65_HS1-834228961_62-HQ-83894_Section_8
Agency: FBI
Page 186
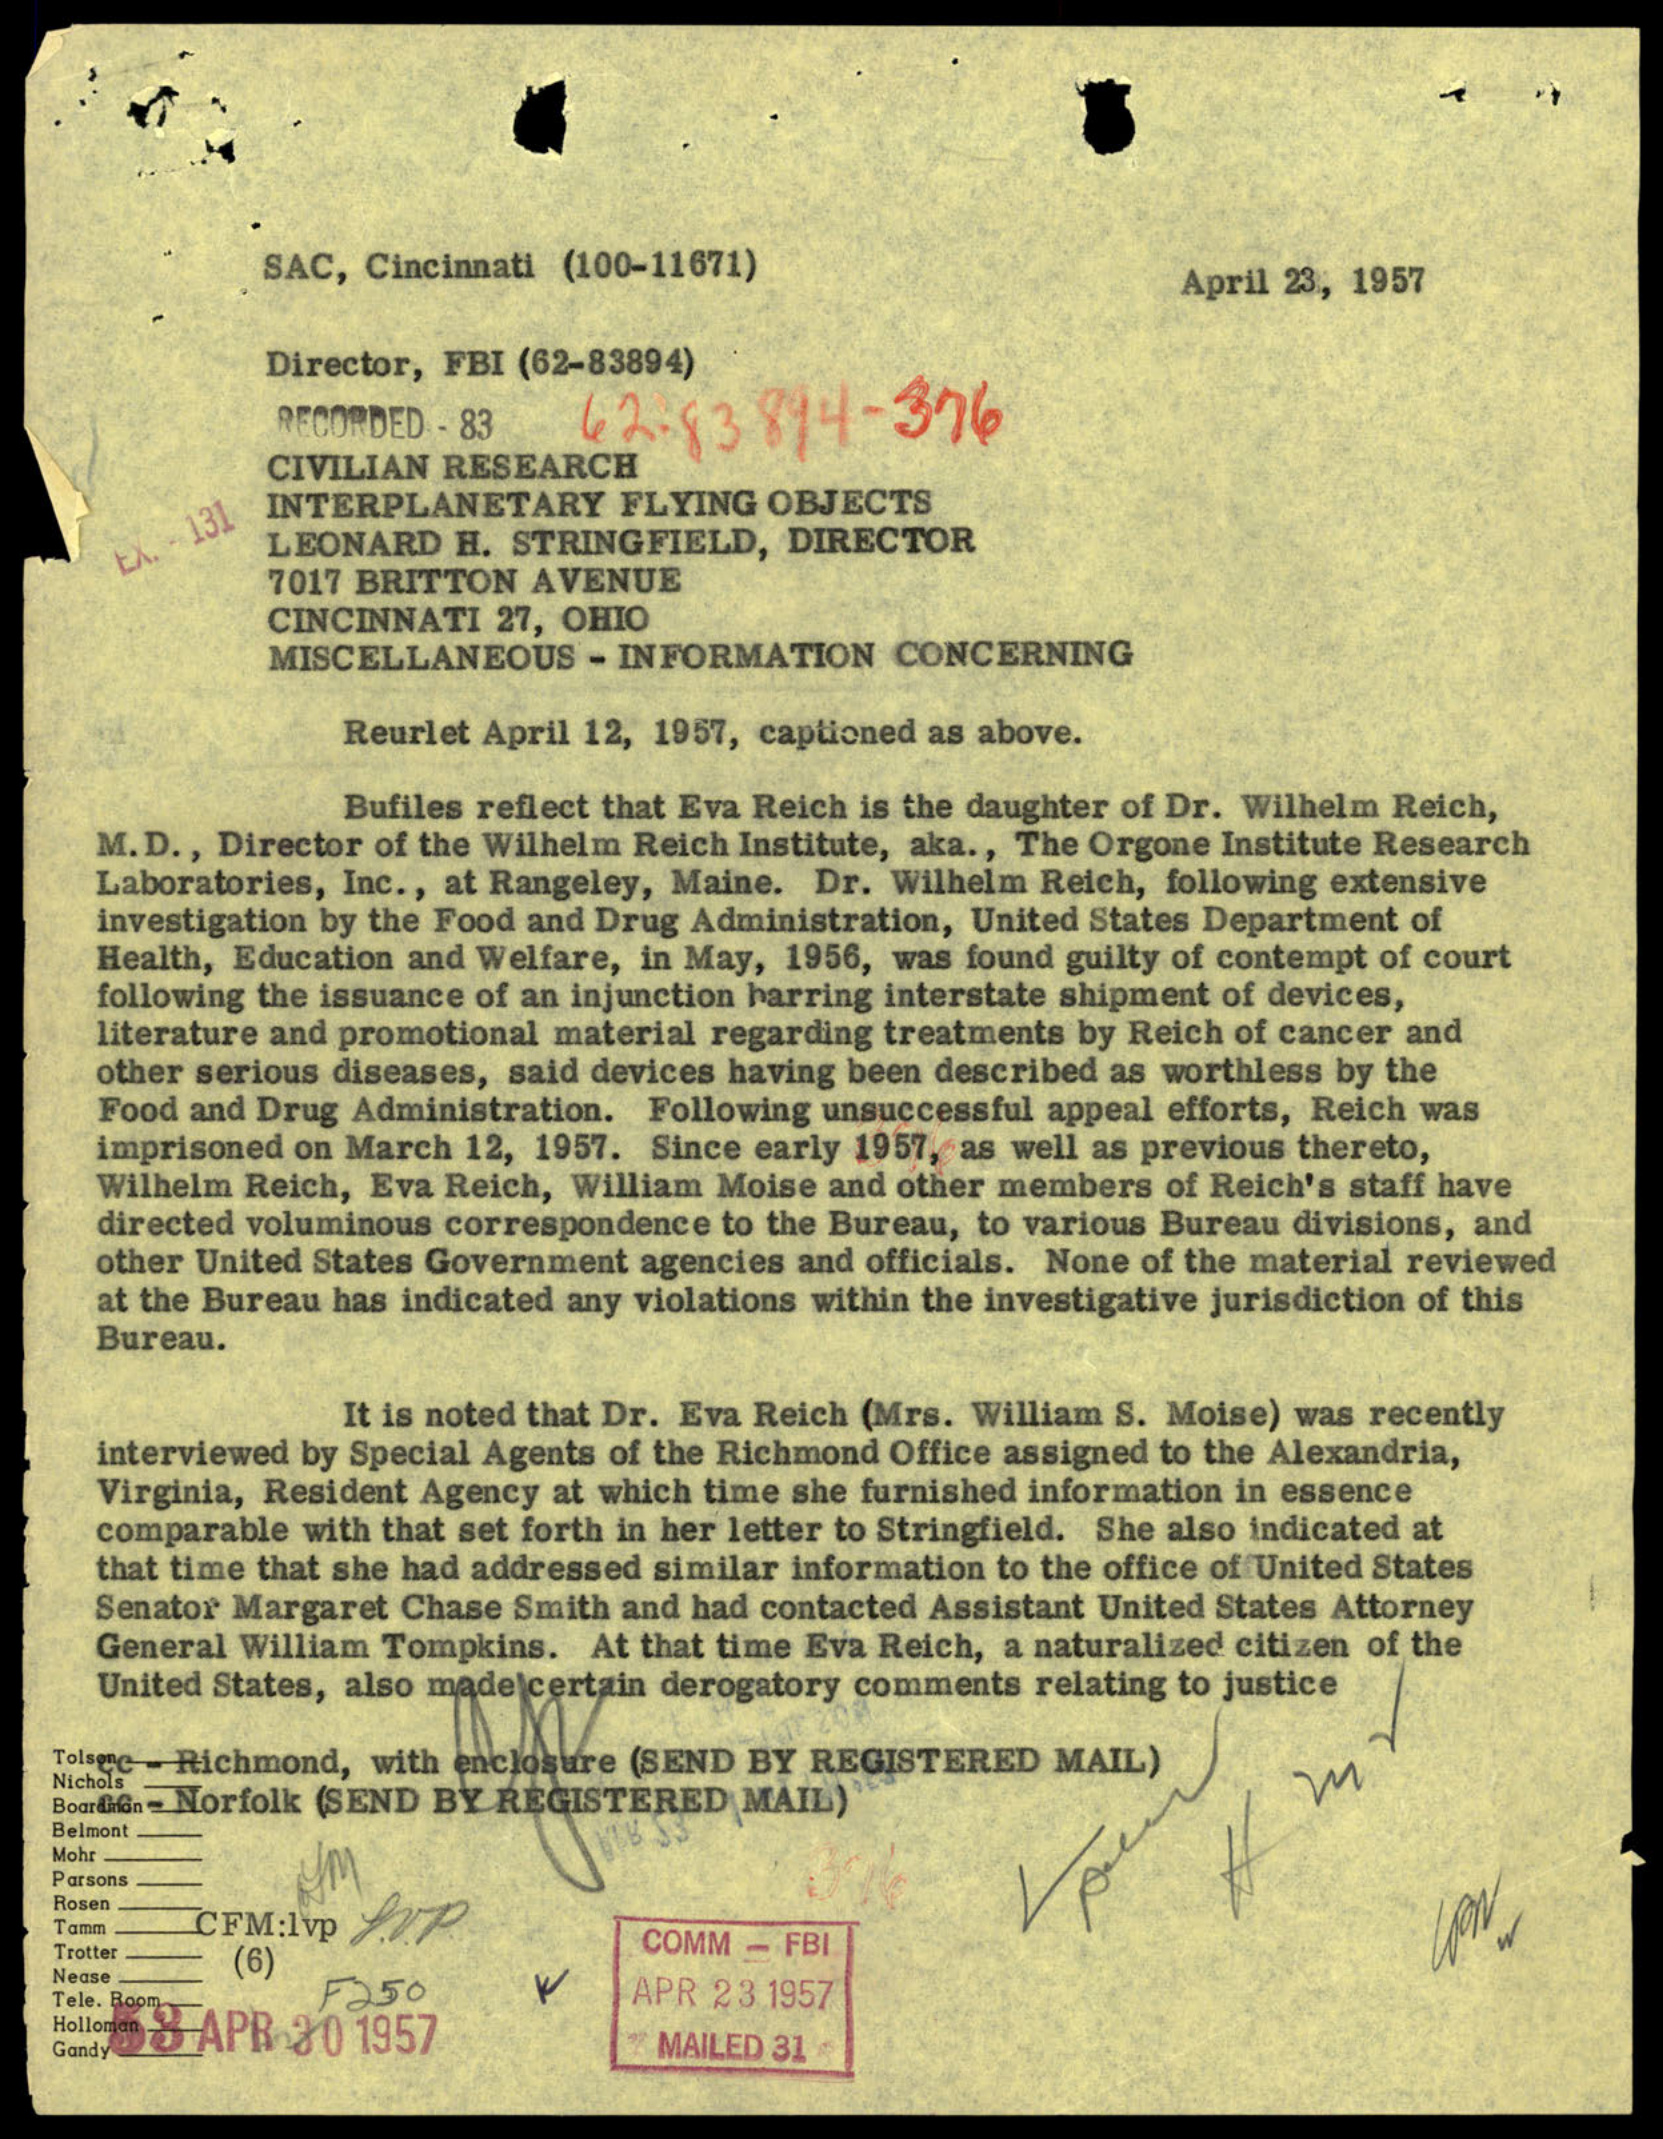